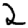
Digit: 2